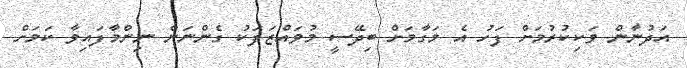
އަދުނާން ވަކިކުރުމަށް ފަހު އެ މަގާމަށް ބިދޭސީ މުވައްޒަފަކު ގެންނަން ނިންމާފައިވާ ކަމަށް